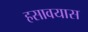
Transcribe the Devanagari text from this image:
हसावयास